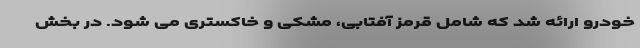
خودرو ارائه شد که شامل قرمز آفتابی، مشکی و خاکستری می شود. در بخش